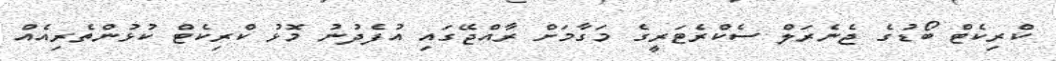
ކްރިކެޓް ބޯޑުގެ ޖެނެރަލް ސެކްރެޓަރީގެ މަގާމަށް ރާއްޖޭގައި އުފެދުނު މޮޅު ކްރިކެޓް ކުޅުންތެރިއެއް